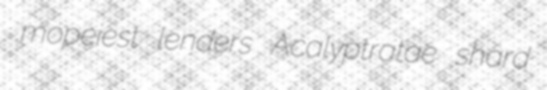
mopeiest lenders Acalyptratae shard